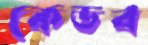
কেডব